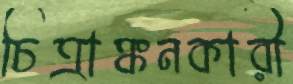
চিত্রাঙ্কনকারী